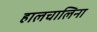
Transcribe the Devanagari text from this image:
हालचालिना